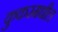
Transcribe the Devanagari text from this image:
कुकरमधील